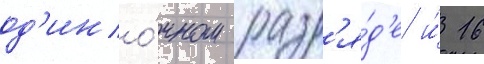
од'ино́чном разр'я́д'е и́ 16